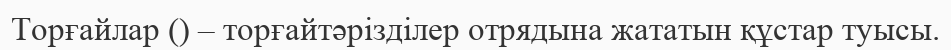
Торғайлар () – торғайтәрізділер отрядына жататын құстар туысы.